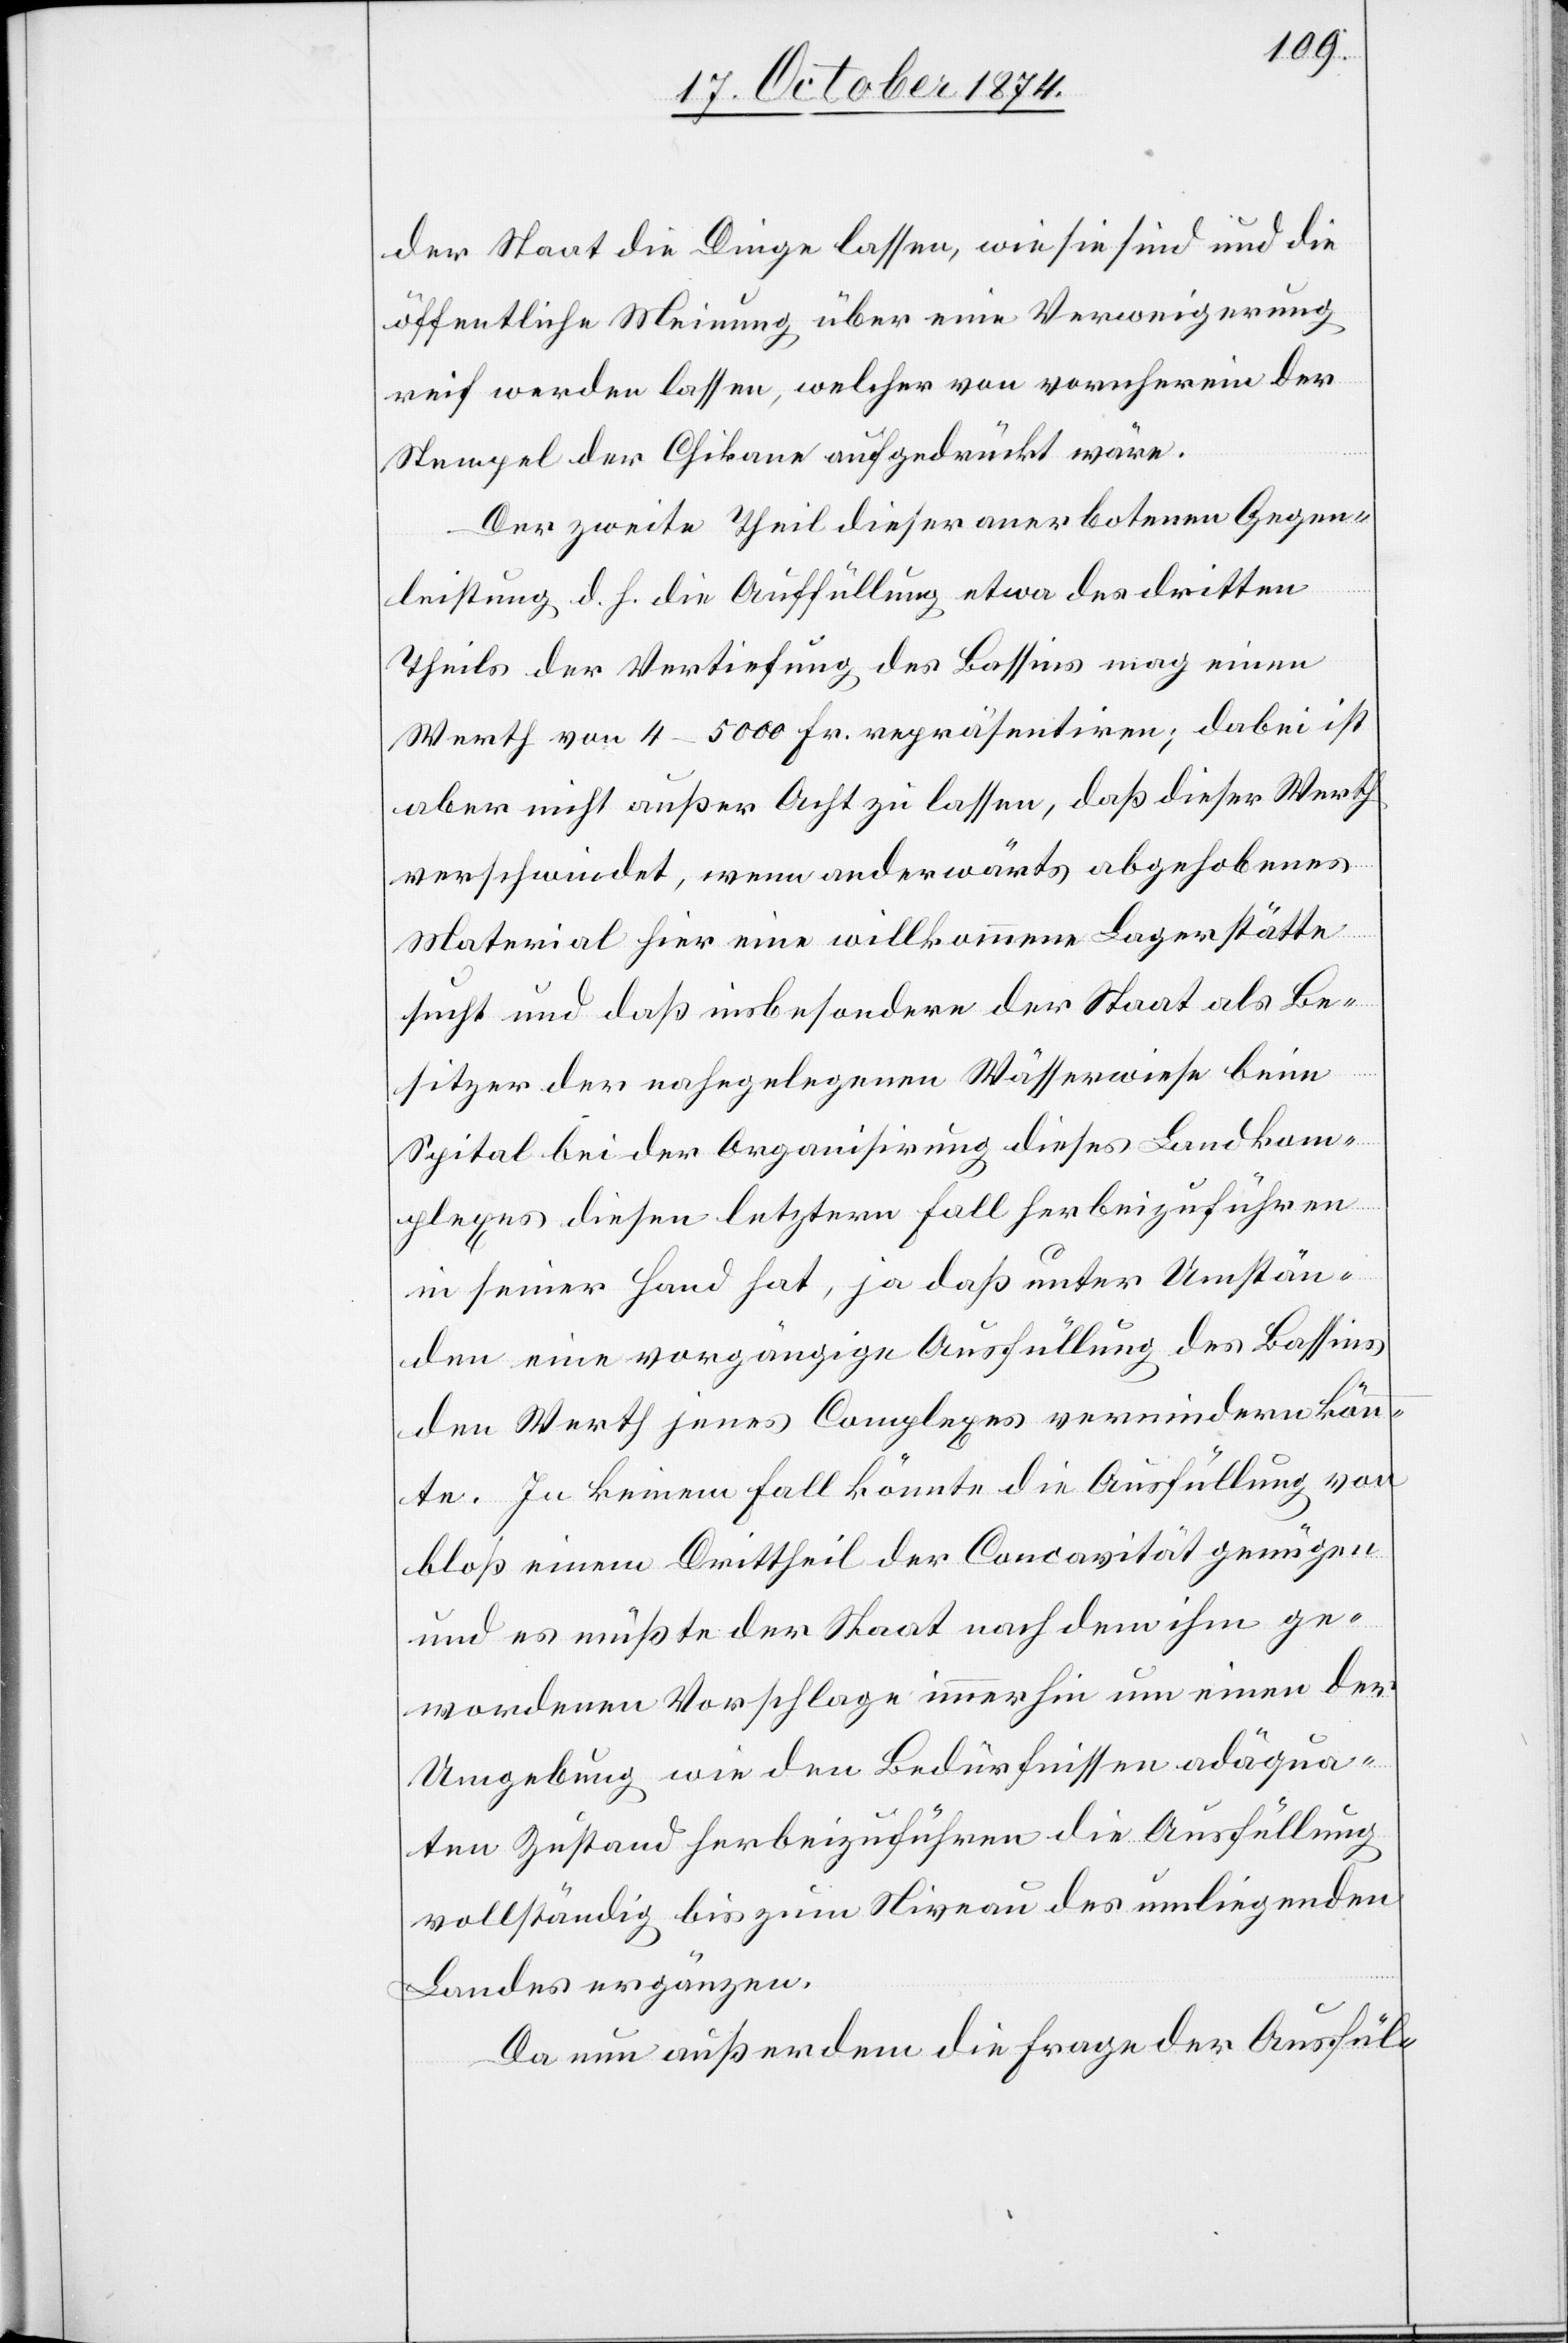
der Staat die Dinge lassen, wie sie sind und die
öffentliche Meinung über eine Verweigerung
reif werden lassen, welcher von vornherein der
Stempel der Chikane aufgedrückt wäre.
Der zweite Theil dieser anerbotenen Gegen¬
leistung d. h. die Auffüllung etwa des dritten
Theils der Vertiefung des Bassins mag einen
Werth von 4–5000 Fr. repräsentiren; dabei ist
aber nicht außer Acht zu lassen, daß dieser Werth
verschwindet, wenn anderwärts abgehobenes
Material hier eine willkommene Lagerstätte
sucht und daß insbesondere der Staat als Be¬
sitzer der nahegelegenen Wässerwiese beim
Spital bei der Organisirung dieses Landkom¬
plexes diesen letztern Fall herbeizuführen
in seiner Hand hat, ja daß unter Umstän¬
den eine vorgängige Ausfüllung des Bassins
den Werth jenes Complexes vermindern könn¬
te. In keinem Fall könnte die Ausfüllung von
bloß einem Drittheil der Concavität genügen
und es müßte der Staat noch dem ihm ge¬
wordenen Vorschlage immerhin um einen der
Umgebung wie den Bedürfnissen die
vollständig bis zum Niveau des umliegenden
Landes ergänzen.
Da nun außerdem die Frage der Ausfül-